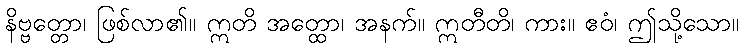
နိဗ္ဗတ္တော၊ ဖြစ်လာ၏။ ဣတိ အတ္ထော၊ အနက်။ ဣတီတိ၊ ကား။ ဧဝံ၊ ဤသို့သော။